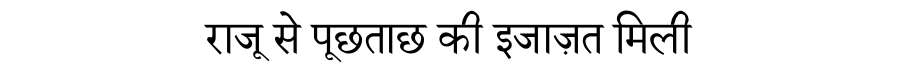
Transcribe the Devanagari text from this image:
राजू से पूछताछ की इजाज़त मिली